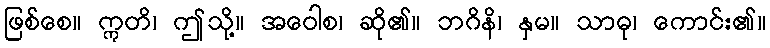
ဖြစ်စေ။ ဣတိ၊ ဤသို့။ အဝေါစ၊ ဆို၏။ ဘဂိနိ၊ နှမ။ သာဓု၊ ကောင်း၏။